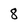
Character: 8